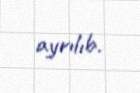
ayrılıb.